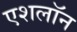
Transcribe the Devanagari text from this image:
एशलॉन